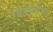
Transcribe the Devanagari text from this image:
विषबाधेच्या